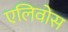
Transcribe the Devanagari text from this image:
एलिवोस